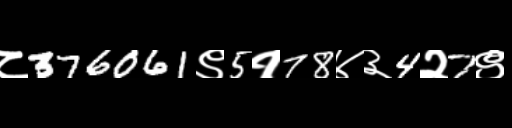
Text: ८376061९5१78४३4२7९